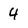
Character: 4